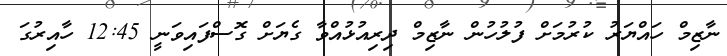
ނާޒިމް ހައްޔަރު ކުރުމަށް ފުލުހުން ނާޒިމް ދިރިއުޅުއްވާ ގެޔަށް ގޮސްފައިވަނީ 12:45 ހާއިރުގަ